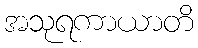
အသုရကာယာတိ